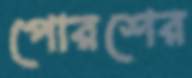
পোরশের